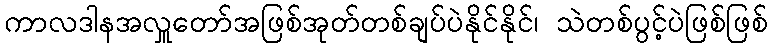
ကာလဒါနအလှူတော်အဖြစ်အုတ်တစ်ချပ်ပဲနိုင်နိုင်၊ သဲတစ်ပွင့်ပဲဖြစ်ဖြစ်